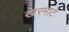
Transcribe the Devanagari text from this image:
खरमाटे